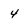
Character: 4